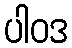
ပါဝဒ